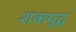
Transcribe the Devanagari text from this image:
शकयुद्ध